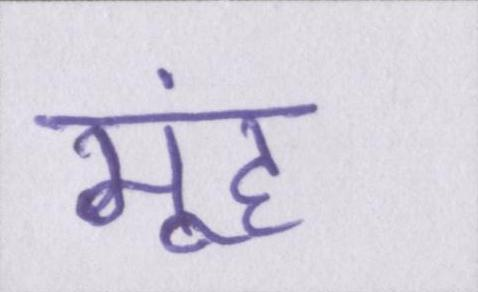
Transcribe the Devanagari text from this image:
मूंह